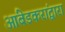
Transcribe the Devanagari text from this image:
आंबेडकरांद्वारा